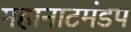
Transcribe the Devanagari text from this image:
महानाटमंडप